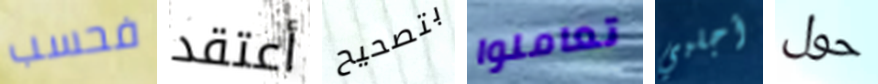
فحسب أعتقد بتصحيح تعاملوا أجلبي حول